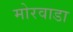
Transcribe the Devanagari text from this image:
मोरवाडा